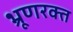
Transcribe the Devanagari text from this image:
भ्रूणरक्त